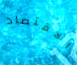
الاقتصاد